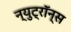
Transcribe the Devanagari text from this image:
न्युट्रॉन्स